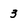
Character: 3